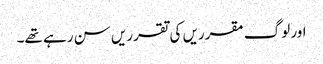
اور لوگ مقرریں کی تقرریں سن رہے تھے۔